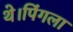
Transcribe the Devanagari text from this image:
थे।पिंगला